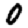
Digit: 0